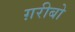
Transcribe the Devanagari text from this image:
ग़रीबो